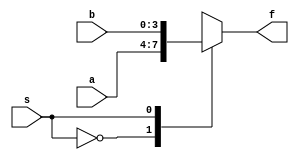
module Multiplexer(a,b,s,f);
	input [3:0]a;
	input [3:0]b;
	input s;
	output reg [3:0]f;
	//Declare inputs and output.
	
	always@(a, b, s)
		case(s)
			0 : f[3:0] <= a[3:0];
			1 : f[3:0] <= b[3:0];
		endcase
	//Assign values based on the switch.
	
endmodule